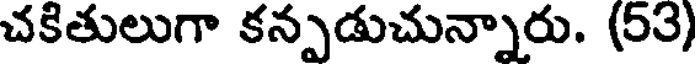
చకితులుగా కన్పడుచున్నారు. (53)